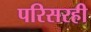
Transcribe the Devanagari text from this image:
परिसरही